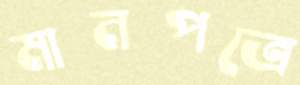
মানপত্রে